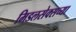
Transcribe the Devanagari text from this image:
मिडलसेक्सच्या